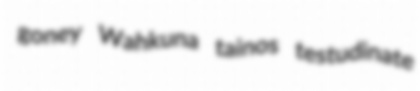
goney Wahkuna tainos testudinate